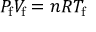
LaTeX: P _ { \mathrm { f } } V _ { \mathrm { f } } = n R T _ { \mathrm { f } }